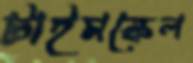
টাইমস্কেল